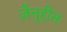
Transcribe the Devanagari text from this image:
ज़ैनुद्दीन